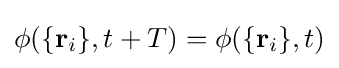
\phi (\{\mathbf {r} _{i}\},t+T)=\phi (\{\mathbf {r} _{i}\},t)